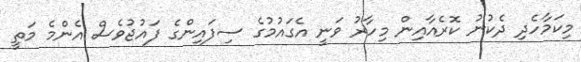
މިކަމާހެދި ދެކުނު ކޮރެއާއިން މިހާރު ވަނީ އެގައުމުގެ ސިފައިންގެ ފައުޖުވެސް އެންމެ މަތީ